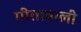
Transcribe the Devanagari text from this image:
गीताबाली